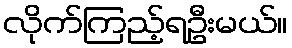
လိုက်ကြည့်ရဦးမယ်။